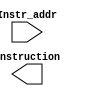
/*
 *	Template for Project 3 Part 2
 *	Copyright (C) 2024 Shi Chen Lin or any person belong ESSLab.
 *	All Right Reserved.
 *
 *	This program is free software: you can redistribute it and/or modify
 *	it under the terms of the GNU General Public License as published by
 *	the Free Software Foundation, either version 3 of the License, or
 *	(at your option) any later version.
 *
 *	This program is distributed in the hope that it will be useful,
 *	but WITHOUT ANY WARRANTY; without even the implied warranty of
 *	MERCHANTABILITY or FITNESS FOR A PARTICULAR PURPOSE.  See the
 *	GNU General Public License for more details.
 *
 *	You should have received a copy of the GNU General Public License
 *	along with this program.  If not, see <https://www.gnu.org/licenses/>.
 *
 *	This file is for people who have taken the cource (1092 Computer
 *	Organizarion) to use.
 *	We (ESSLab) are not responsible for any illegal use.
 *
 */
 
/*
 * Macro of size declaration of instruction memory
 * CAUTION: DONT MODIFY THE NAME AND VALUE.
 */
`define INSTR_MEM_SIZE	128	// Bytes

/*
 * Declaration of Instruction Memory for this project.
 * CAUTION: DONT MODIFY THE NAME.
 */
module IM(
	// Outputs
	output [31:0] Instruction,
	// Inputs
	input  [31:0] Instr_addr
);

	/* 
	 * Declaration of instruction memory.
	 * CAUTION: DONT MODIFY THE NAME AND SIZE.
	 */
	reg [7:0]InstrMem[0:`INSTR_MEM_SIZE - 1];

endmodule